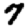
Digit: 7